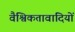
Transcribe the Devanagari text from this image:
वैश्विकतावादियों